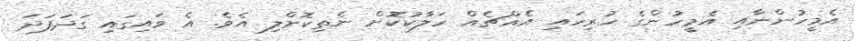
އެމީހުންނާއި އެމީހުންގެ ހުރިހައި އެއްޗެއް ހަލާކުކޮށް ނެތިކޮށްލި އެވެ. އެ ވައިގައި ގަދަފަދަ